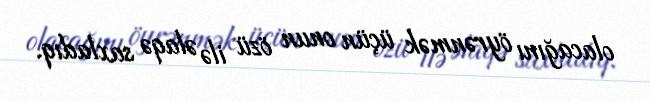
olacağını öyrənmək üçün onun özü ilə əlaqə saxladıq.